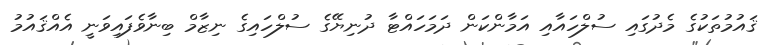
ޤައުމުތަކުގެ މެދުގައި ސުލްހައާއި އަމާންކަން ދަމަހައްޓާ ދުނިޔޭގެ ސުލްހައިގެ ނިޒާމް ބިނާވެފައިވަނީ އެއްޤައުމު